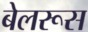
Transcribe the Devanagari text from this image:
बेलरूस